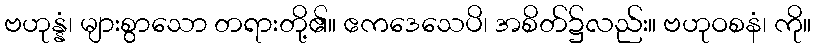
ဗဟုန္နံ၊ များစွာသော တရားတို့၏။ ဧကဒေသေပိ၊ အစိတ်၌လည်း။ ဗဟုဝစနံ၊ ကို။